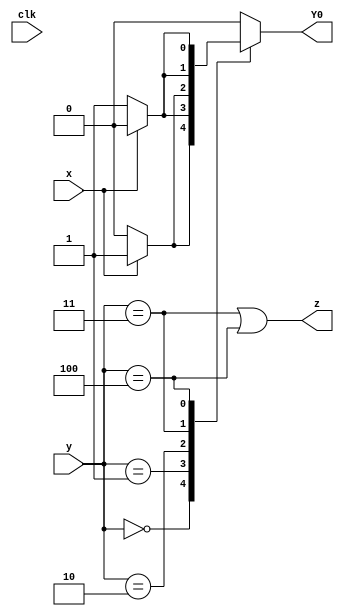
module top_module (
    input clk,
    input [2:0] y,
    input x,
    output Y0,
    output z
);
    
    parameter [2:0] s0 = 3'b000,
    				s1 = 3'b001,
    				s2 = 3'b010,
    				s3 = 3'b011,
    				s4 = 3'b100;
    
    reg [2:0] state, next_state;
    
    always @ (*)
        begin
            case(y)
                s0: next_state <= (x) ? s1 : s0;
                s1: next_state <= (x) ? s4 : s1;
                s2: next_state <= (x) ? s1 : s2;
                s3: next_state <= (x) ? s2 : s1;
                s4: next_state <= (x) ? s4 : s3;
                default next_state <= s0;
            endcase
        end
    
    always @ (posedge clk)
        begin
             state <= next_state;
        end
    
    assign z = (y == s3)|(y == s4);
    assign Y0 = next_state[0];

endmodule